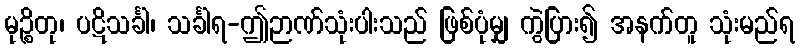
မုဉ္စိတု၊ ပဋိသင်္ခါ၊ သင်္ခါရ-ဤဉာဏ်သုံးပါးသည် ဖြစ်ပုံမျှ ကွဲပြား၍ အနက်တူ သုံးမည်ရ